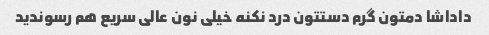
داداشا دمتون گرم دستتون درد نکنه خیلی نون عالی سریع هم رسوندید